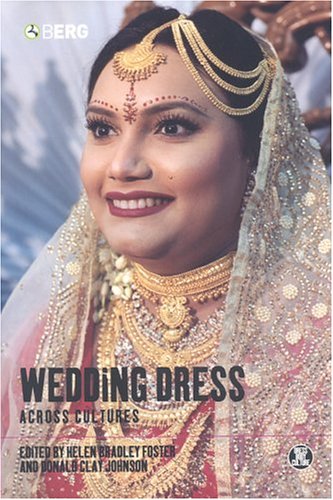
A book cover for Wedding Dress across Cultures (Dress, Body, Culture); Crafts, Hobbies & Home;